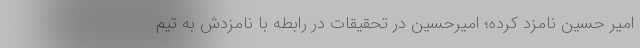
امیر حسین نامزد کرده؛ امیرحسین در تحقیقات در رابطه با نامزدش به تیم